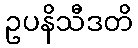
ဥပနိသီဒတိ